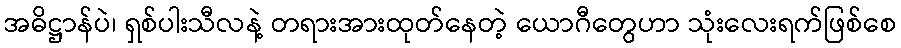
အဓိဋ္ဌာန်ပဲ၊ ရှစ်ပါးသီလနဲ့ တရားအားထုတ်နေတဲ့ ယောဂီတွေဟာ သုံးလေးရက်ဖြစ်စေ